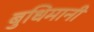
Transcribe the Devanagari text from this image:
बुधिमानी